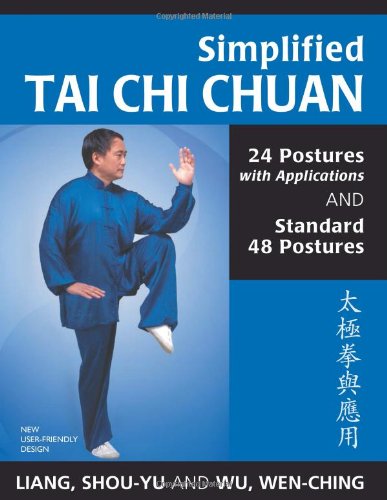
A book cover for Simplified Tai Chi Chuan: 24 Postures with Applications & Standard 48 Postures (Revised); Shou-Yu Liang; Health, Fitness & Dieting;